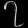
Digit: ၇